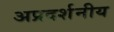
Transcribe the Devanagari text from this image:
अप्रदर्शनीय